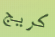
كريج